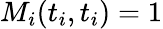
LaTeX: M_{i}(t_{i},t_{i})=1